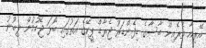
އޭރިއާ ތެރެއިން ބާސާގެ ޑިފެންޑަރު ޖެރާޑް ޕީކޭގެ އަތުގައި ބޯޅަ ޖެހުމުން ލިބުނު